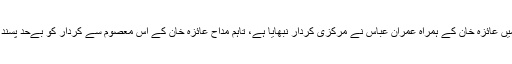
اس ڈرامے میں عائزہ خان کے ہمراہ عمران عباس نے مرکزی کردار نبھایا ہے، تاہم مداح عائزہ خان کے اس معصوم سے کردار کو بےحد پسند کررہے ہیں۔